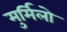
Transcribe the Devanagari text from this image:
मुर्मिलो